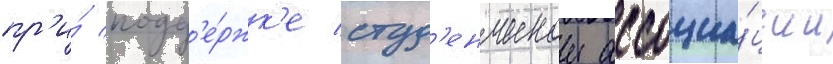
пр'и́ подд'е́ржк'е студ'енческои ассоциа́ции